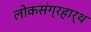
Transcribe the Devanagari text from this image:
लोकसंग्रहार्थ